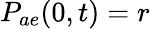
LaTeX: P_{ae}(0,t)=r